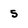
Character: 5